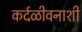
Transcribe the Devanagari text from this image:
कर्दळीवनाशी